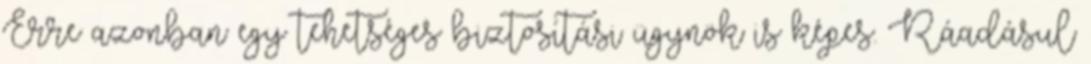
Erre azonban egy tehetséges biztosítási ügynök is képes. Ráadásul